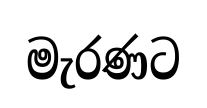
මැරණට